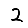
Digit: 2